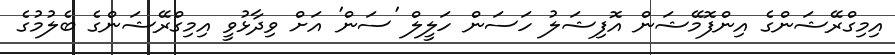
އިމިގްރޭޝަންގެ އިންފޮމޭޝަން އޮފިޝަލު ހަސަން ހަލީލް 'ސަން' އަށް ވިދާޅުވީ އިމިގްރޭޝަންގެ ބެލުމުގެ